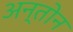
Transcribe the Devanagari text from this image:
अन्तोन